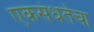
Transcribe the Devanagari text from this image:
एकसंधतेचा